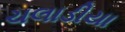
ચલાડીયા